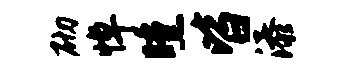
砌悼曛皆添